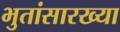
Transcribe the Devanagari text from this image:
भुतांसारख्या